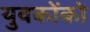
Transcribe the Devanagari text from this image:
युवकोंको